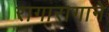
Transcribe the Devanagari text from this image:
रागारागाने